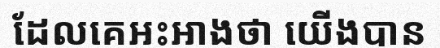
ដែលគេអះអាងថា យើងបាន